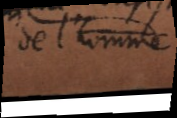
de l’homme